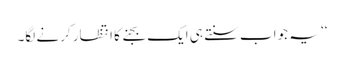
‘‘ یہ جواب سنتے ہی ایک بجنے کا انتظار کرنے لگا۔